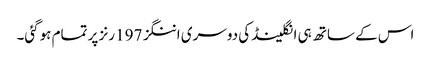
اس کے ساتھ ہی انگلینڈ کی دوسری اننگز 197 رنز پر تمام ہوگئی۔